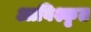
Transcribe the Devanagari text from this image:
आविश्कृत